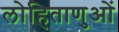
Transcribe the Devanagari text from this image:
लोहिताणुओं